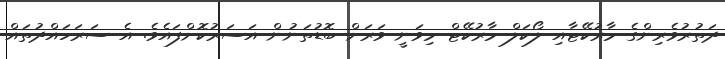
ދަތުރުވެރިންގެ މާރުކޭޓާއި ލޯކަލް މާރުކޭޓް މިވަނީ ވަރަށް ބޮޑުތަނުން އަސަރުކޮށްފައެވެ. އެ ސަރަހައްދުތައް